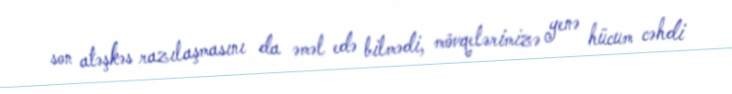
son atəşkəs razılaşmasını da əməl edə bilmədi, mövqelərimizə yenə hücum cəhdi